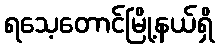
ရသေ့တောင်မြို့နယ်ရှိ